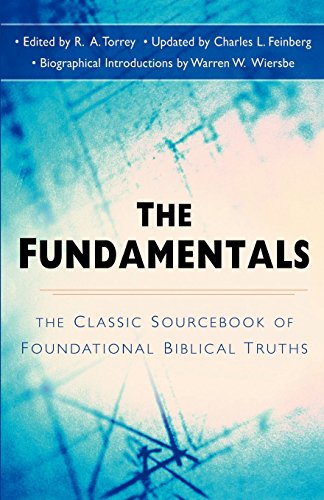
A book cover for The Fundamentals: The Famous Sourcebook of Foundational Biblical Truths; Christian Books & Bibles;